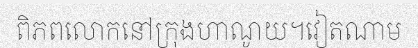
ពិភពលោកនៅក្រុងហាណូយ។វៀតណាម